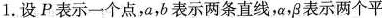
1.设P表示一个点，a，b表示两条直线，α，β表示两个平